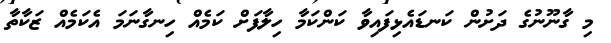
މި ގާނޫނުގެ ދަށުން ކަނޑައެޅިފައިވާ ކަންކަމާ ހިލާފަށް ކަމެއް ހިނގާނަމަ އެކަމެއް ޒަކާތާ